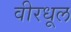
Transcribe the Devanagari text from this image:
वीरधूल